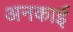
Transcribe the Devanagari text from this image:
अनकाई